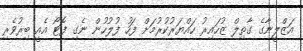
އަޒްލީނާގެ ގާތިލް ޒުހައިރު ހައްޔަރުކުރުމަށް ފަހު ފުލުހުން ނެގި ފޮޓޯ އެއީ ބިރުވެރި